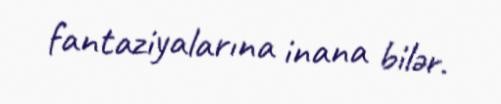
fantaziyalarına inana bilər.